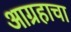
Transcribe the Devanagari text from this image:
आग्रहाचा